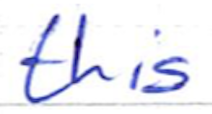
Text: this
Cross-out: clean
Writing tool: ballpoint